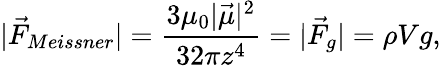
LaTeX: |\vec{F}_{Meissner}|=\frac{3\mu_{0}|\vec{\mu}|^{2}}{32\pi z^{4}}=|\vec{F}_{g}|=\rho Vg,